Lunatic asylums in Bengal annual reports 1899-1911 - 1899-1911
Year: 1899
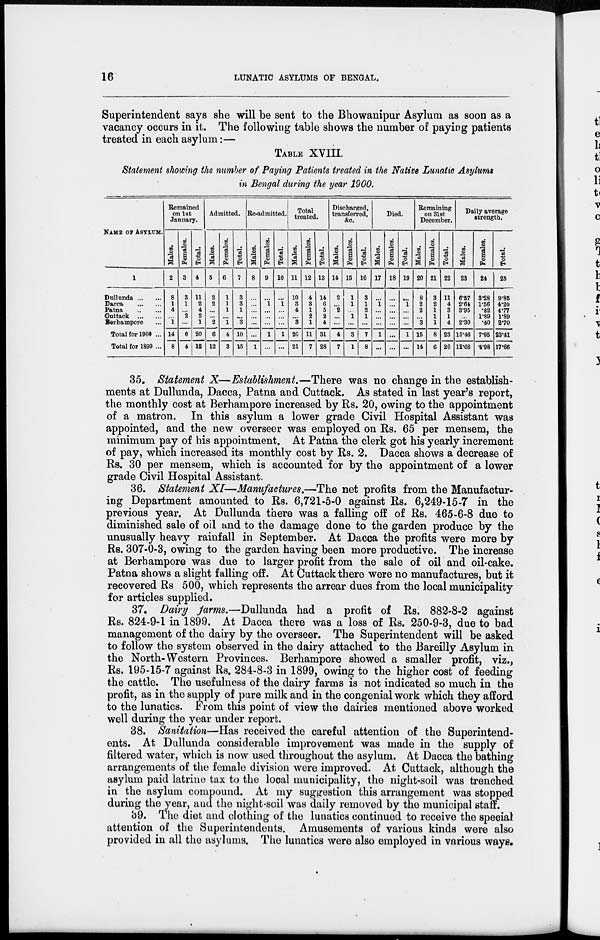
16
LUNATIC ASYLUMS OF BENGAL.
Superintendent says she will be sent to the Bhowanipur Asylum as soon as a
vacancy occurs in it. The following table shows the number of paying patients
treated in each asylum:—
TABLE XVIII.
Statement showing the number of Paying Patients treated in the Native Lunatic Asylums
in Bengal during the year 1900.
NAME OF ASYLUM.
1
Dullunda ... ...
Dacca
...
...
Patna
...
...
Cuttack
...
...
Berhampore ...
Total for 1900 ...
Total for 1899 ...
Remained
on 1st
January.
Males.
2
8
1
4
...
1
14
8
Females.
3
3
1
...
2
...
6
4
Total.
4
11
2
4
2
1
20
12
Admitted.
Males.
5
2
2
...
...
2
6
12
Females.
6
1
1
1
...
1
4
3
Total.
7
3
3
1
...
3
10
15
Re-admitted.
Males.
8
...
...
...
...
...
...
1
Females.
9
...
1
...
...
...
1
...
Total.
10
...
1
...
...
...
1
...
Total
treated.
Males.
11
10
3
4
...
3
26
21
Females.
12
4
3
1
2
1
11
7
Total.
13
14
6
5
2
4
31
28
Discharged,
transferred,
&c.
Males.
14
2
...
2
...
...
4
7
Females.
15
1
1
...
1
...
3
1
Total.
16
3
1
2
1
...
7
8
Died.
Males.
17
...
1
...
...
...
1
...
Females.
18
...
...
...
...
...
...
...
Total.
19
...
1
...
...
...
1
...
Remaining
on 31st
December.
Males.
20
8
2
2
...
3
15
14
Females.
21
3
2
1
1
1
8
6
Total.
22
11
4
3
1
4
23
20
Daily average
strength.
Males.
23
6.57
2.64
3.95
...
2.30
15.46
12.68
Females.
24
3.28
1.56
.82
1.89
.40
7.95
4.98
Total.
25
9.85
4.20
4.77
1.89
2.70
23.41
17.66
35. Statement X—Establishment.—There was no change in the establish-
ments at Dullunda, Dacca, Patna and Cuttack. As stated in last year's report,
the monthly cost at Berhampore increased by Rs. 20, owing to the appointment
of a matron. In this asylum a lower grade Civil Hospital Assistant was
appointed, and the new overseer was employed on Rs. 65 per mensem, the
minimum pay of his appointment. At Patna the clerk got his yearly increment
of pay, which increased its monthly cost by Rs. 2. Dacca shows a decrease of
Rs. 30 per mensem, which is accounted for by the appointment of a lower
grade Civil Hospital Assistant.
36. Statement XI—Manufactures.—The net profits from the Manufactur-
ing Department amounted to Rs. 6,721-5-0 against Rs. 6,249-15-7 in the
previous year. At Dullunda there was a falling off of Rs. 465-6-8 due to
diminished sale of oil and to the damage done to the garden produce by the
unusually heavy rainfall in September. At Dacca the profits were more by
Rs. 307-0-3, owing to the garden having been more productive. The increase
at Berhampore was due to larger profit from the sale of oil and oil-cake.
Patna shows a slight falling off. At Cuttack there were no manufactures, but it
recovered Rs 500, which represents the arrear dues from the local municipality
for articles supplied.
37. Dairy farms.—Dullunda had a profit of Rs. 882-8-2 against
Rs. 824-9-1 in 1899. At Dacca there was a loss of Rs. 250-9-3, due to bad
management of the dairy by the overseer. The Superintendent will be asked
to follow the system observed in the dairy attached to the Bareilly Asylum in
the North-Western Provinces. Berhampore showed a smaller profit, viz.,
Rs. 195-15-7 against Rs. 284-8-3 in 1899, owing to the higher cost of feeding
the cattle. The usefulness of the dairy farms is not indicated so much in the
profit, as in the supply of pure milk and in the congenial work which they afford
to the lunatics. From this point of view the dairies mentioned above worked
well during the year under report.
38. Sanitation—Has received the careful attention of the Superintend-
ents. At Dullunda considerable improvement was made in the supply of
filtered water, which is now used throughout the asylum. At Dacca the bathing
arrangements of the female division were improved. At Cuttack, although the
asylum paid latrine tax to the local municipality, the night-soil was trenched
in the asylum compound. At my suggestion this arrangement was stopped
during the year, and the night-soil was daily removed by the municipal staff.
39. The diet and clothing of the lunatics continued to receive the special
attention of the Superintendents. Amusements of various kinds were also
provided in all the asylums. The lunatics were also employed in various ways.